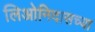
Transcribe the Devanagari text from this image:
लिओनिदासच्या